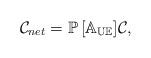
LaTeX: \begin{align*}\mathcal{C}_{net} = \mathbb{P\left[A_{UE}\right]} \mathcal{C},\end{align*}